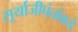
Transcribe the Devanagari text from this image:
सूर्याजीपंतांकडे